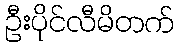
ဦးပိုင်လီမိတက်